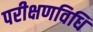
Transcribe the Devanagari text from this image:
परीक्षणविधि